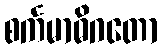
စင်္ကမာဓိဂတော